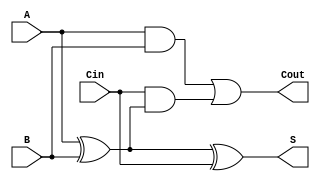
module FullAdder (
    input wire A,     // First binary input
    input wire B,     // Second binary input
    input wire Cin,   // Carry-in input
    output wire S,    // Sum output
    output wire Cout   // Carry-out output
);

// Sum calculation using XOR gates
assign S = A ^ B ^ Cin;

// Carry-out calculation using AND and OR gates
assign Cout = (A & B) | (Cin & (A ^ B));

endmodule